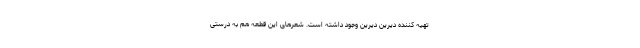
تهیه کننده دیرین دیرین وجود داشته است. شعرهای این قطعه هم به درستی